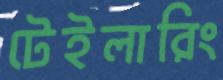
টেইলারিং